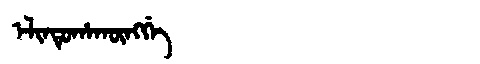
Manchu: ᡝᠯᡳᠨᡨᡠᡥᠠᡴᡡᠩᡤᡝ
Romanization: ELINTUHAKŪNGGE